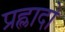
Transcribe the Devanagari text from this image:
प्रह्लादो